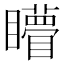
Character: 矒